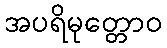
အပရိမုတ္တောဝ